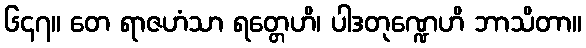
၆၄၇။ တေ ရာဇဟံသာ ရတ္တေဟိ၊ ပါဒတုဏ္ဍေဟိ ဘာသိတာ။